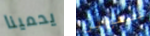
يحمينا عصفورين